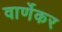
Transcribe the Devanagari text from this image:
वार्णेकर